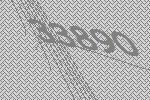
33890